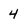
Character: 4